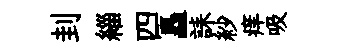
刲緇四矗誄紗痒吸